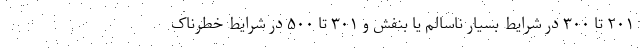
۲۰۱ تا ۳۰۰ در شرایط بسیار ناسالم یا بنفش و ۳۰۱ تا ۵۰۰ در شرایط خطرناک